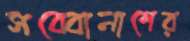
সব্বোনাশের